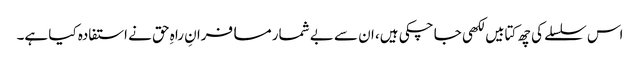
اس سلسلے کی چھ کتابیں لکھی جا چکی ہیں، ان سے بے شمار مسافرانِ راہِ حق نے استفادہ کیا ہے۔